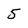
Character: 5